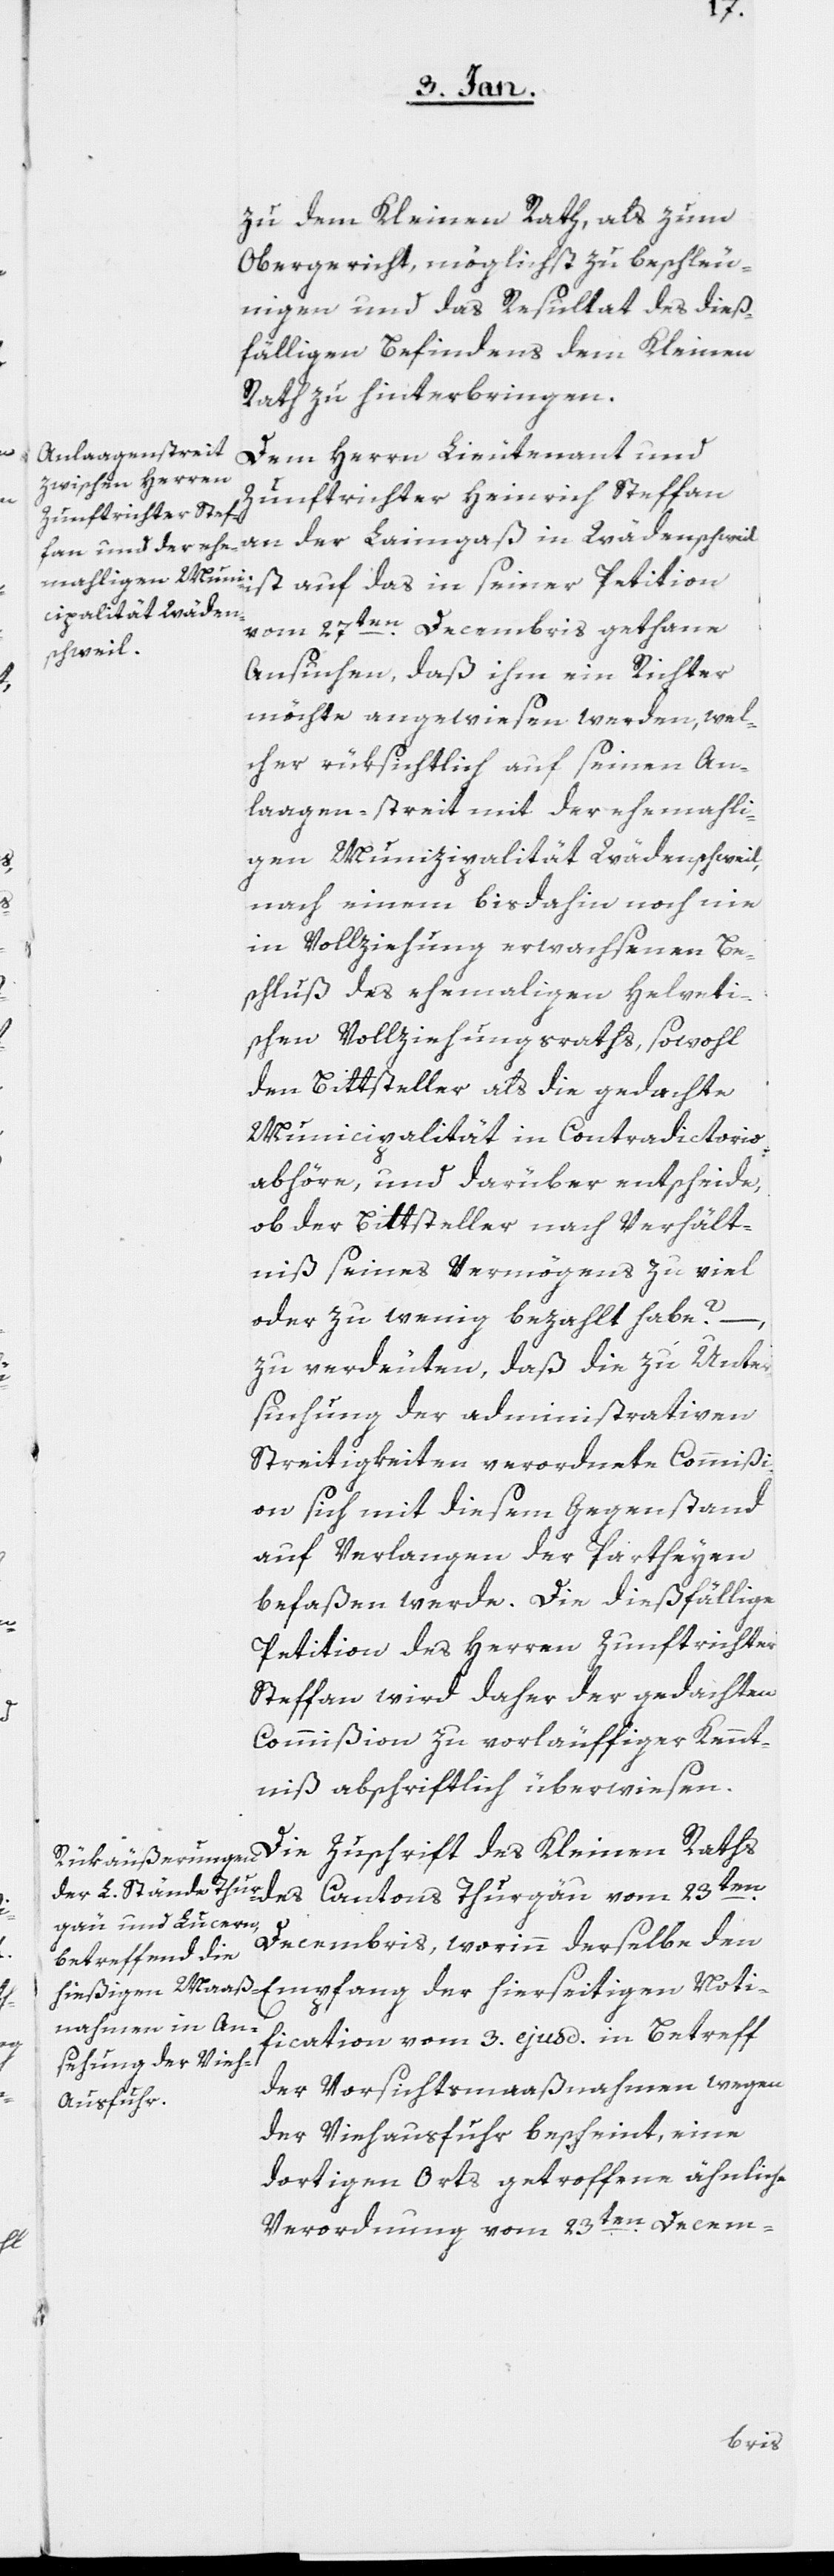
zu dem Kleinen Rath, als zum
Obergericht, möglichst zu beschleu¬
nigen und das Resultat des dieß¬
fälligen Befindens dem Kleinen
Rath zu hinterbringen.
Dem Herrn Lieutenant und
Zunftrichter Heinrich Steffan
an der Laimgaß in Wädenschweil
ist auf das in seiner Petition
vom 27sten. Decembris gethane
Ansuchen, daß ihm ein Richter
möchte angewiesen werden, wel¬
cher rüksichtlich auf seinen An¬
lagen-streit mit der ehemali¬
gen Munizipalität Wädenschweil,
nach einem bisdahin noch nie
in Vollziehung erwachsenen Be¬
schluß des ehemaligen Helveti¬
schen Vollziehungsraths, sowohl
den Bittsteller als die gedachte
Municipalität in Contradictorio
abhöre, und darüber entscheide,
ob der Bittsteller nach Verhält¬
niß seines Vermögens zu viel
oder zu wenig bezahlt habe?
zu verdeuten, daß die zu Unter¬
suchung der administrativen
Streitigkeiten verordnete Commißi¬
on sich mit diesem Gegenstand
auf Verlangen der Partheyen
befaßen werde. Die dießfällige
Petition des Herren Zunftrichter
Steffan wird daher der gedachten
Commißion zu vorläuffiger Kennt¬
niß abschriftlich überwiesen.
Die Zuschrift des Kleinen Raths
des Cantons Thurgäu vom 23sten.
Decembris, worinn derselbe den
Empfang der hierseitigen Noti¬
fication vom 3. ejusd. in Betreff
der Vorsichtsmaaßnahmen wegen
der Viehausfuhr bescheint, eine
dortigen Orts getroffene ähnliche
Verordnung vom 23sten. Decem-